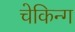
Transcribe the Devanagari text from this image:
चेकिन्ग